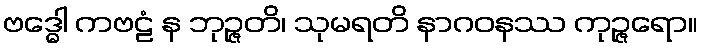
ဗဒ္ဓေါ ကဗဠံ န ဘုဉ္ဇတိ၊ သုမရတိ နာဂဝနဿ ကုဉ္ဇရော။